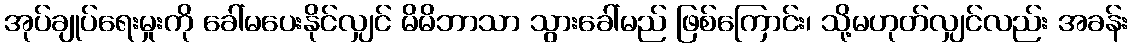
အုပ်ချုပ်ရေးမှုးကို ခေါ်မပေးနိုင်လျှင် မိမိဘာသာ သွားခေါ်မည် ဖြစ်ကြောင်း၊ သို့မဟုတ်လျှင်လည်း အခန်း